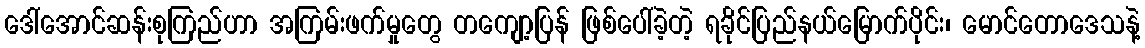
ဒေါ်အောင်ဆန်းစုကြည်ဟာ အကြမ်းဖက်မှုတွေ တကျော့ပြန် ဖြစ်ပေါ်ခဲ့တဲ့ ရခိုင်ပြည်နယ်မြောက်ပိုင်း၊ မောင်တောဒေသနဲ့